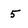
Character: 5